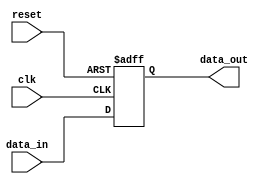
module timing_control_and_sync (
    input wire clk,
    input wire reset,
    input wire [7:0] data_in,
    output wire [7:0] data_out
);

// Clock generation circuitry
reg clk_out;
always @(posedge clk or negedge reset) begin
    if (reset == 1'b0) begin
        clk_out <= 1'b0;
    end else begin
        clk_out <= ~clk_out;
    end
end

// Phase-locked loop (PLL) and delay-locked loop (DLL) circuitry
// Code for PLL and DLL implemented here

// Aligning and buffering data streams
reg [7:0] data_buffer;
always @(posedge clk or negedge reset) begin
    if (reset == 1'b0) begin
        data_buffer <= 8'h00;
    end else begin
        data_buffer <= data_in;
    end
end

assign data_out = data_buffer;

endmodule